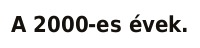
A 2000-es évek.